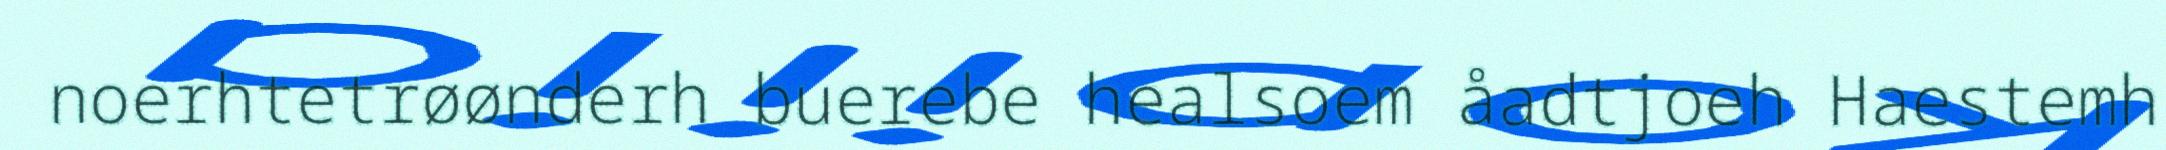
noerhtetrøønderh buerebe healsoem åadtjoeh Haestemh